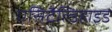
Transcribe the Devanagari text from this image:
एसिटैल्डिहाइड